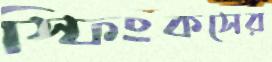
স্ফিংকসের